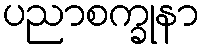
ပညာစက္ခုနာ